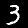
Digit: 3